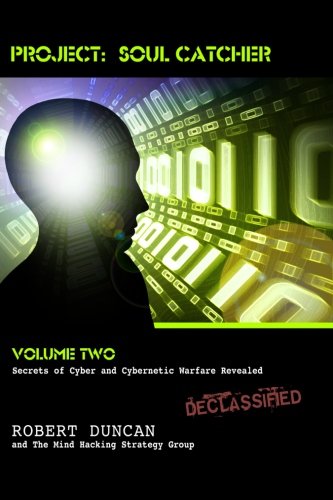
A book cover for Project: Soul Catcher: Secrets of Cyber and Cybernetic Warfare Revealed; Robert Duncan; Engineering & Transportation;